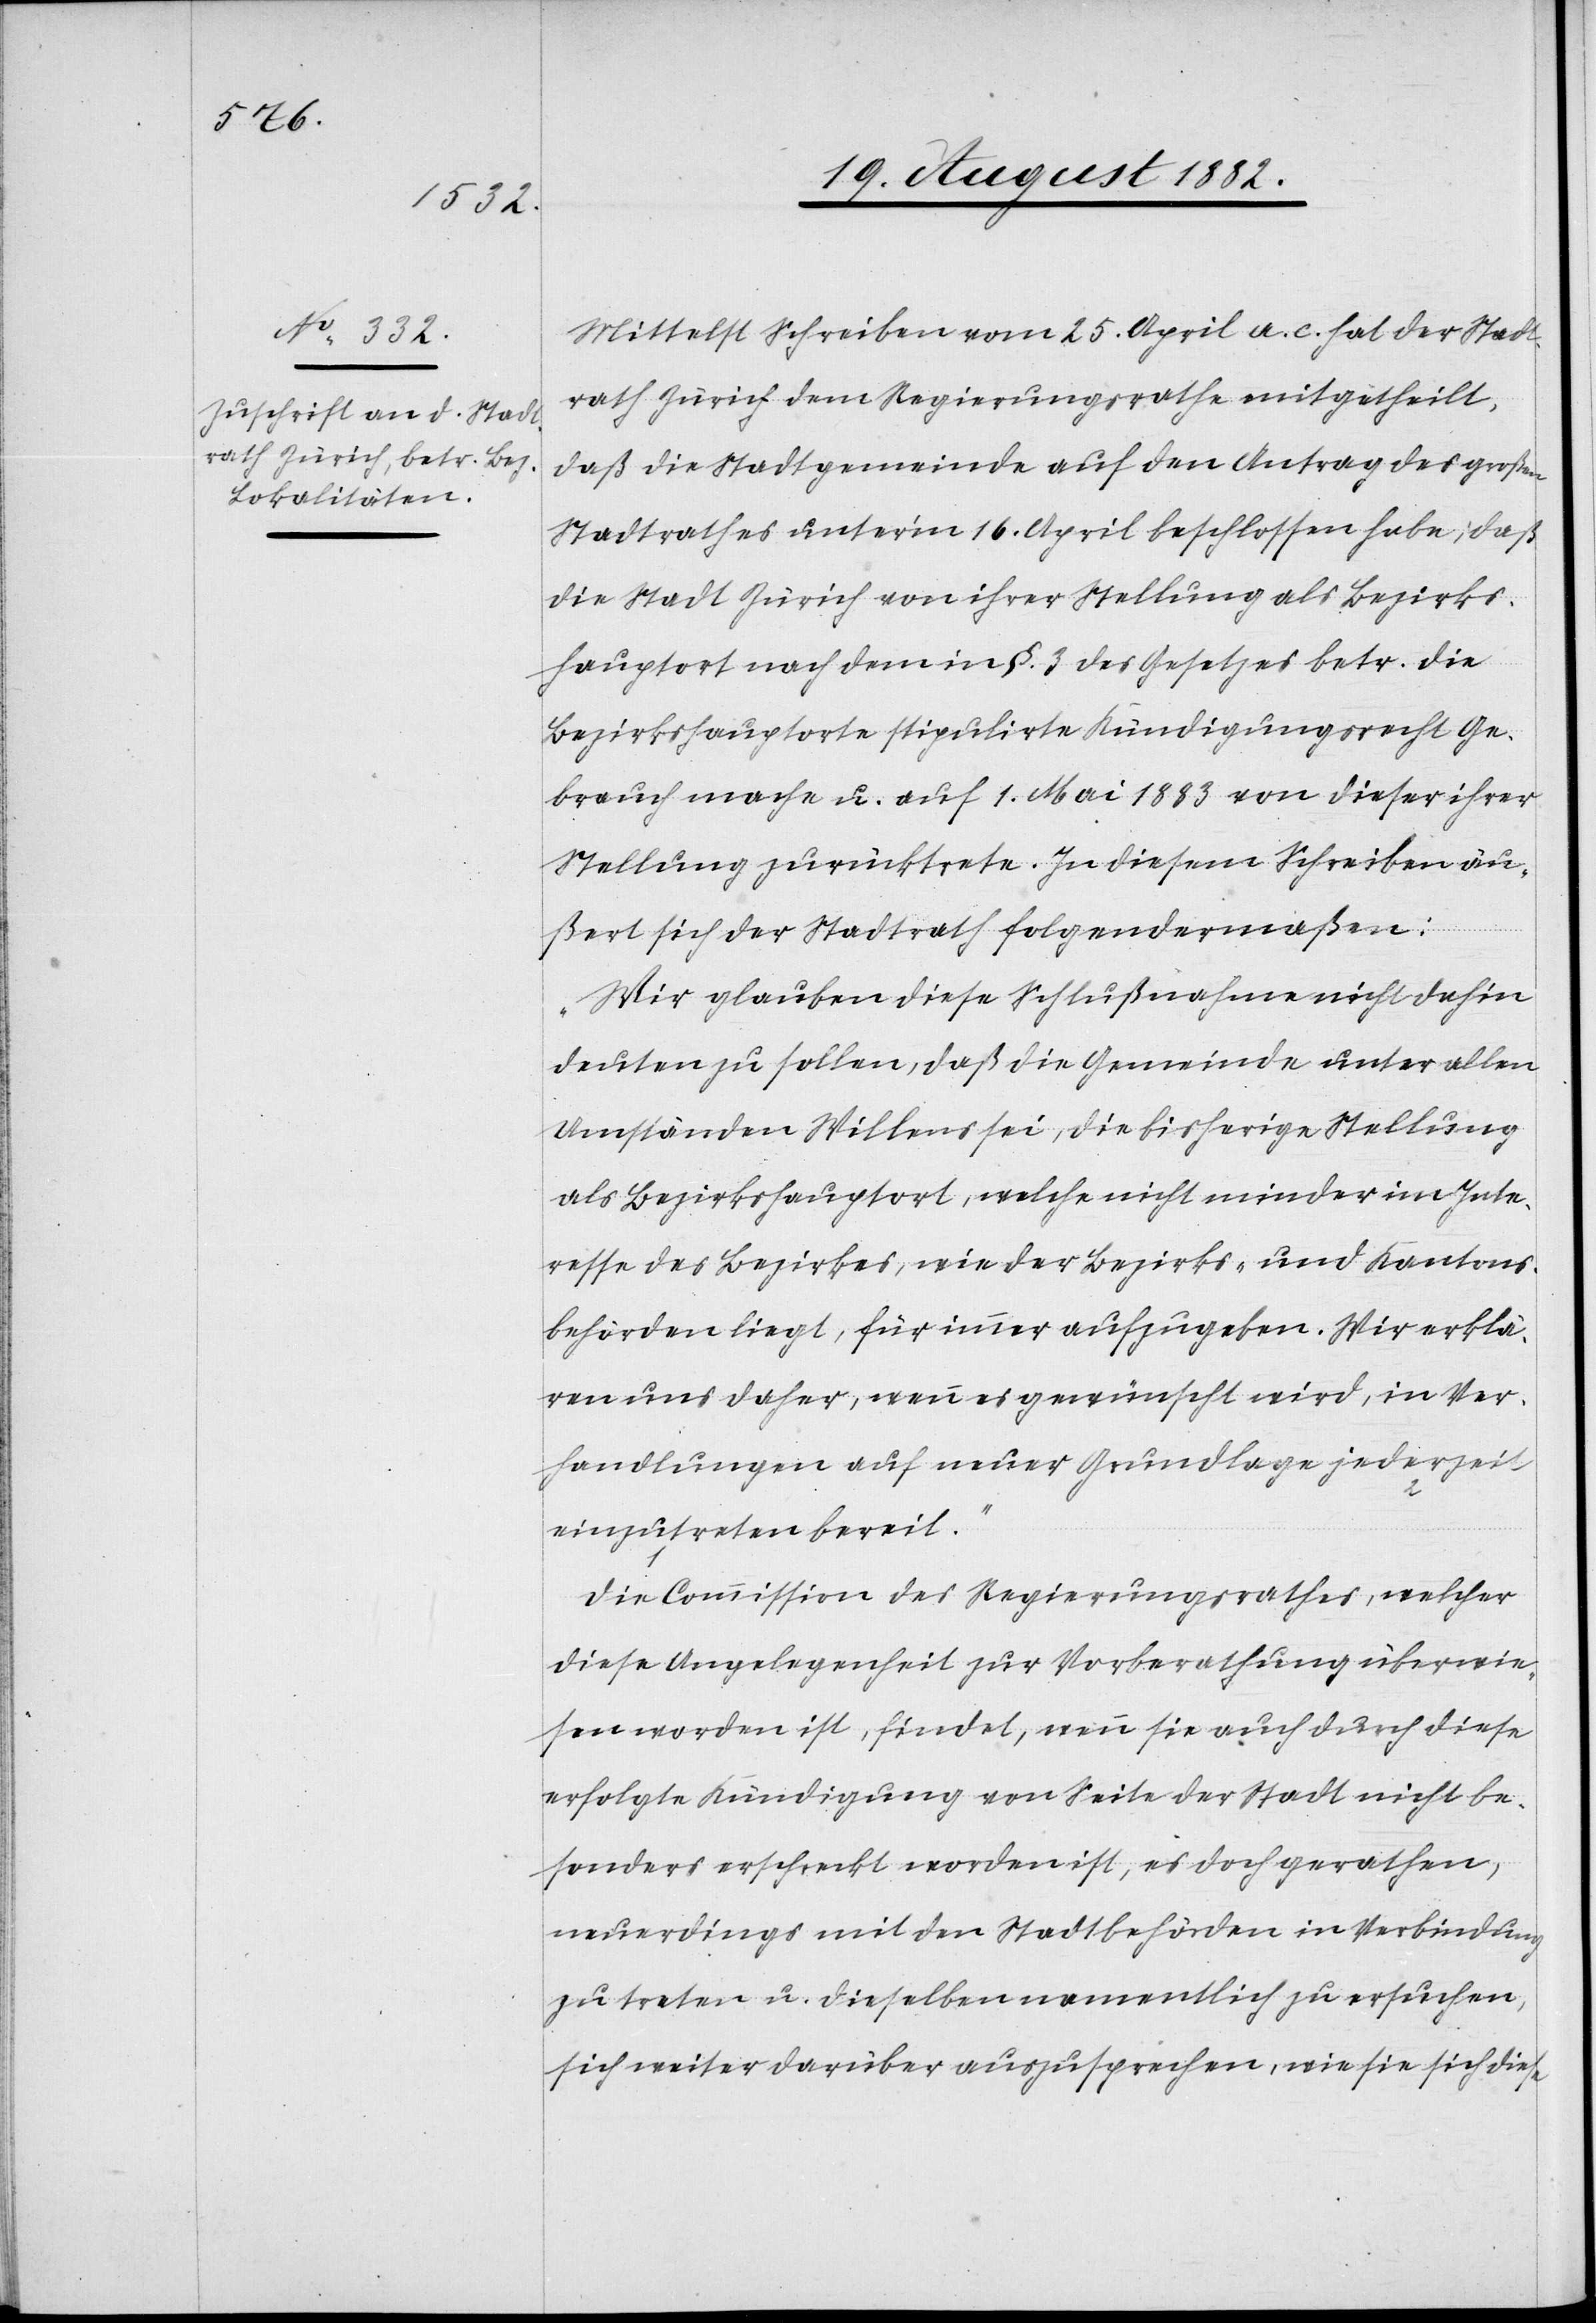
Mittelst Schreiben vom 25. April a. c. hat der Stadt¬
rath Zürich dem Regierungsrathe mitgetheilt,
daß die Stadtgemeinde auf den Antrag des großen
Stadtrathes unter’m 16. April beschlossen habe: Daß
die Stadt Zürich von ihrer Stellung als Bezirks¬
hauptort nach dem in §. 3 des Gesetzes betr. die
Bezirkshauptorte stipulirte Kündigungsrecht Ge¬
brauch mache u. auf 1. Mai 1883 von dieser ihrer
Stellung zurücktrete. In diesem Schrieben äu¬
ßert sich der Stadtrath folgendermaßen:
„Wir glauben diese Schlußnahme nicht dahin
deuten zu sollen, daß die Gemeinde unter allen
Umständen Willens sei, die bisherige Stellung
als Bezirkshauptort, welche nicht minder im Inte¬
resse des Bezirkes, wie der Bezirks- und Kantons¬
behörden liegt, für immer aufzugeben. Wir erklä¬
ren uns daher, wenn es gewünscht wird, in Ver¬
handlungen auf neuer Grundlage jederzei¬
t
einzutreten bereit.“
Die Commission des Regierungsrathes, welcher
diese Angelegenheit zur Vorberathung überwie¬
sen worden ist, findet, wenn sie auch durch diese
erfolgte Kündigung von Seite der Stadt nicht be¬
sonders erschreckt worden ist, es doch gerathen,
neuerdings mit den Stadtbehörden in Verbindung
zu treten u. dieselben namentlich zu ersuchen,
sich weiter darüber auszusprechen, wie sie sich diese